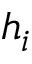
h _ { i }